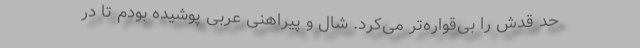
حد قدش را بی‌قواره‌تر می‌کرد. شال و پیراهنی عربی پوشیده بودم تا در